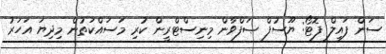
ސަން ފައިލް ފޮޓޯ: ޔޫސުފް ޞަފްވާން މިނިސްޓްރީން ކުރި މަސައްކަތުން މިދިޔަ އަހަރު